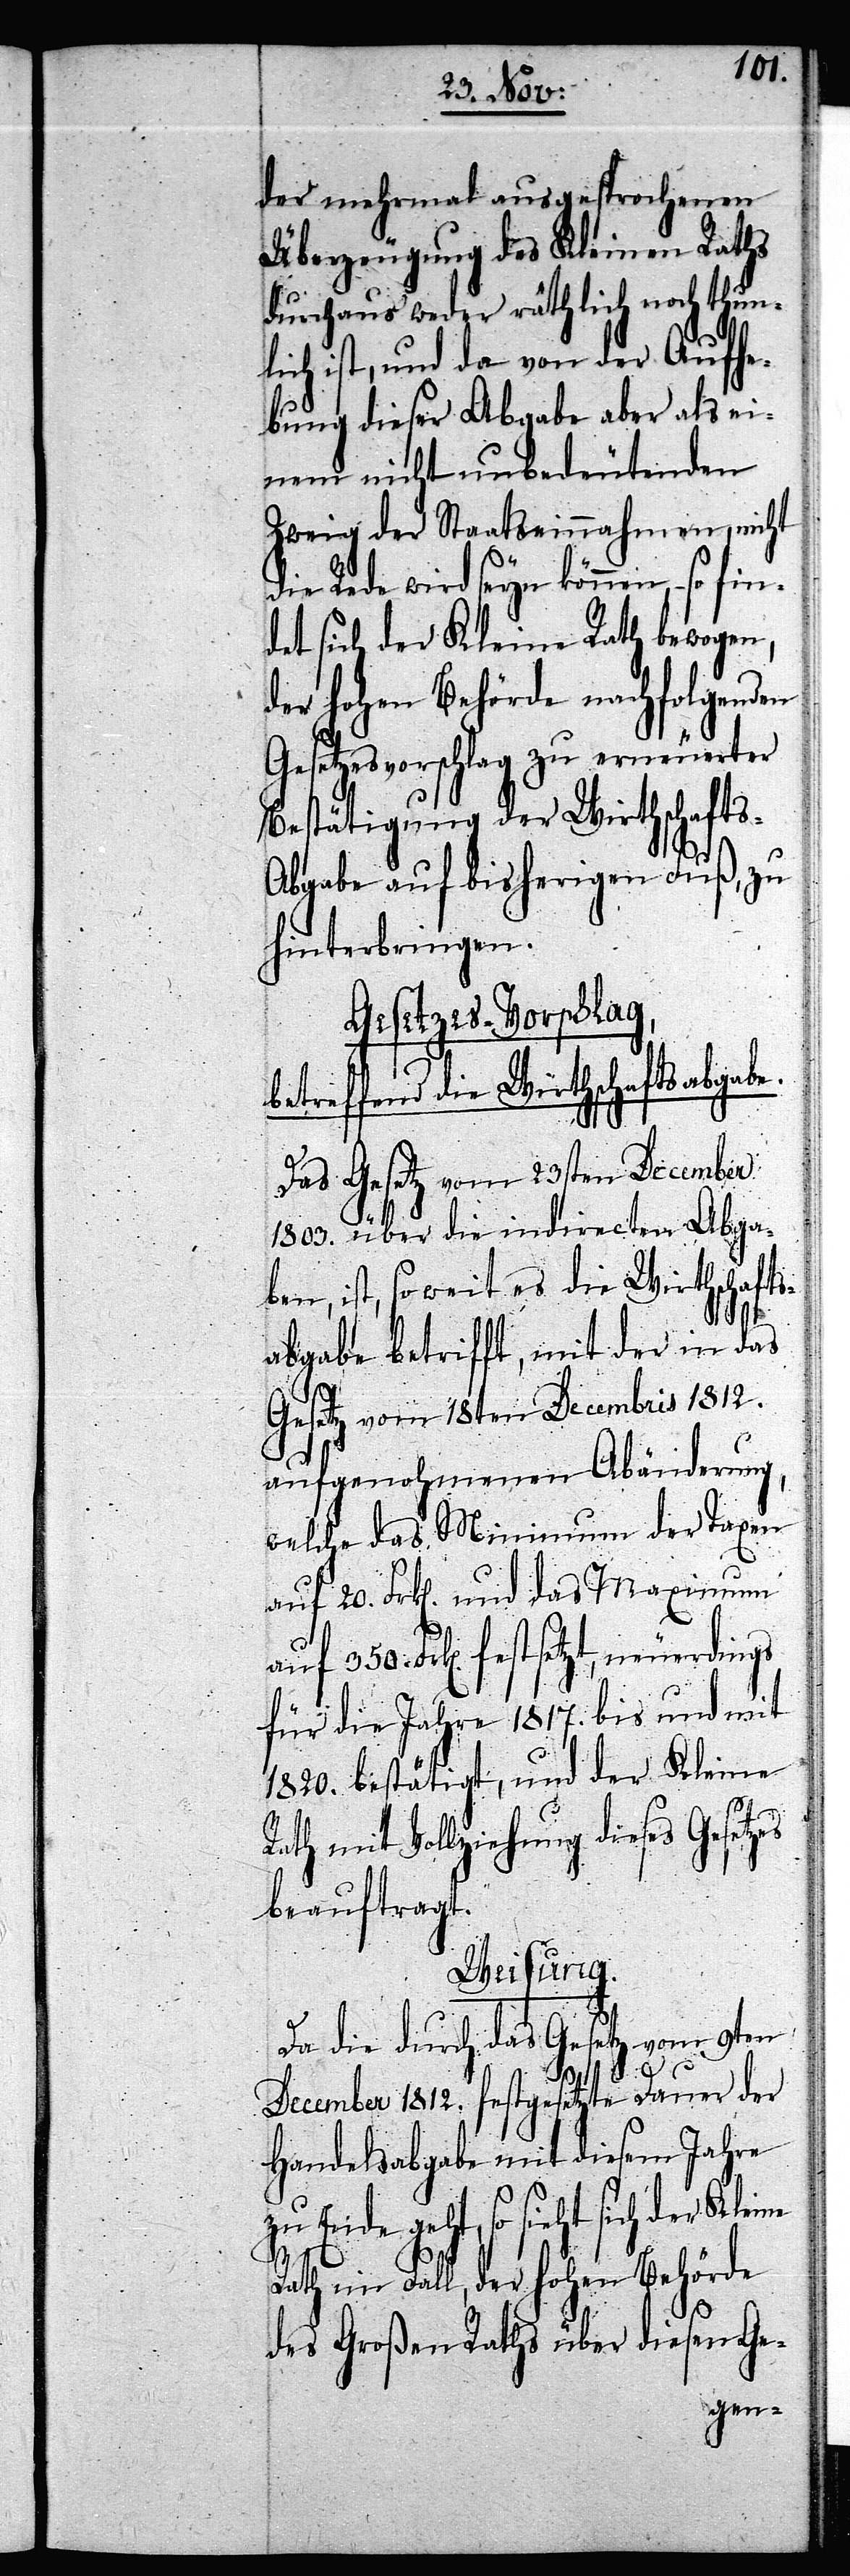
der mehrmal ausgesprochenen
Überzeugung des Kleinen Raths
durchaus weder räthlich noch thunl¬
ich ist, und da von der Aufhe¬
bung dieser Abgabe aber als ei¬
nen nicht unbedeutenden
Zweig der Staatseinnahmen, nicht
die Rede wird seyn können, – so
det sich der Kleine Rath bewogen,
der Hohen Behörde nachfolgenden
Gesetzesvorschlag zu erneuerter
Bestätigung der Wirthschaft¬
s-Abgabe auf bisherigen Fuß, zu
hinterbringen.
Gesetzes-Vorschlag,
betreffend die Wirthschaftsabgabe.
ne
Das Gesetz vom 23sten December
1803. über die indirecten Abga¬
ben, ist, so weit es die Wirthschafts¬
abgabe betrifft, mit der in das
Gesetz vom 18ten Decembris 1812.
aufgenohmenen Abänderung,
welche das Minimum der Taxen
auf 20. Frk[en]. und das Maximum
350. Frk[en]. festsetzt, neuerdings
für die Jahre 1817. bis und mit
1820. bestätigt, und der Kleine
Rath mit Vollziehung dieses Gesetz¬
beauftragt.
Weisung.
Da die durch das Gesetz vom 9ten
December 1812. festgesetzte Dauer der
Handelsabgabe mit diesem Jahre
zu Ende geht, so sieht sich der Klei¬
Rath im Fall, der Hohen Behörde
es
des Großen Raths über diesen Ge-
fin¬